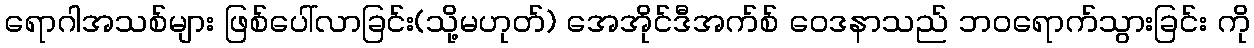
ရောဂါအသစ်များ ဖြစ်ပေါ်လာခြင်း(သို့မဟုတ်) အေအိုင်ဒီအက်စ် ဝေဒနာသည် ဘဝရောက်သွားခြင်း ကို